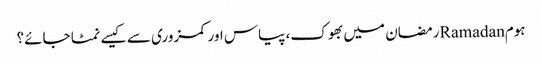
ہومRamadanرمضان میں بھوک، پیاس اور کمزوری سے کیسے نمٹا جائے؟